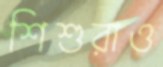
শিশুরাও